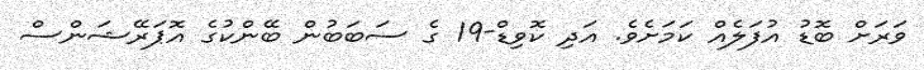
ވަރަށް ބޮޑު އުފަލެއް ކަމަށެވެ. އަދި ކޮވިޑް-19 ގެ ސަބަބުން ބޭންކުގެ އޮޕަރޭޝަންސް